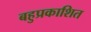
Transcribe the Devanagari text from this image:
बहुप्रकाशित